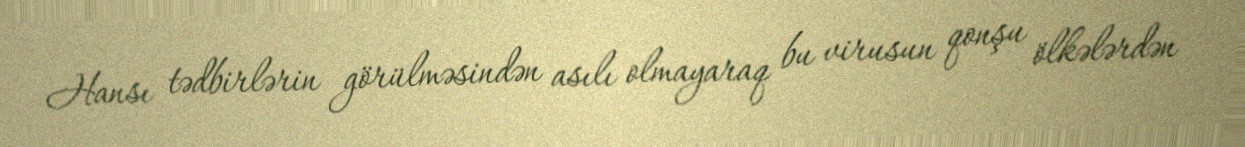
Hansı tədbirlərin görülməsindən asılı olmayaraq bu virusun qonşu ölkələrdən